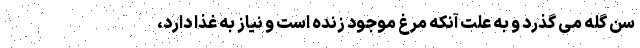
سن گله می گذرد و به علت آنکه مرغ موجود زنده است و نیاز به غذا دارد،